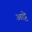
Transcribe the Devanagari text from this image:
आट्टे